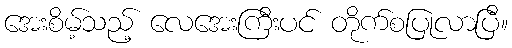
အေးစိမ့်သည့် လေအေးကြီးပင် တိုက်စပြုလာပြီ။